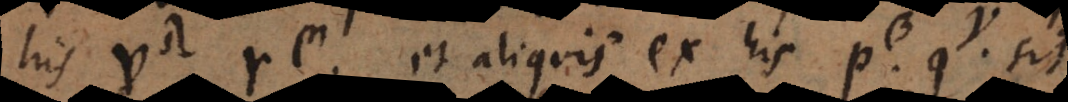
his v, r et aliquis ex his p, q sit